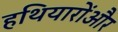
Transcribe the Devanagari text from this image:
हथियारोंऔर